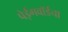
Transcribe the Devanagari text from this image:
पेईंगवॉर्डचा